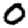
Digit: 0